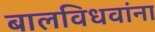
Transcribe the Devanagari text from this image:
बालविधवांना